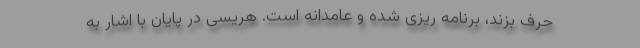
حرف بزند، برنامه ریزی شده و عامدانه است. هریسی در پایان با اشار به